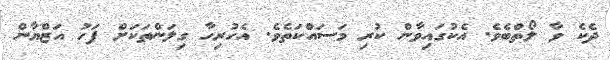
ދެކެ ވާ ލޯތްބެވެ. އެކުގައިވާން ކުރި މަސައްކަތެވެ. އެހުރިހާ ގިލަންތަކަށް ފަހު އަޒްޔާން